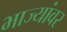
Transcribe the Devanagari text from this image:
भाज्यांवर